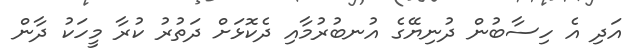
އަދި އެ ހިސާބުން ދުނިޔޭގެ އުނބުރުމާއި ދެކޮޅަށް ދަތުރު ކުރާ މީހަކު ދާން